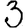
Digit: 3